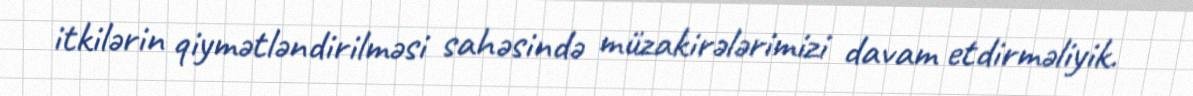
itkilərin qiymətləndirilməsi sahəsində müzakirələrimizi davam etdirməliyik.